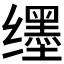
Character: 𬙊